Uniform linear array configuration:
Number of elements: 8
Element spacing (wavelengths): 0.75
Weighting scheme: exponential
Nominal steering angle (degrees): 45
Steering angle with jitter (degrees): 46.41
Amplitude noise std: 0.05
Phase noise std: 0.05

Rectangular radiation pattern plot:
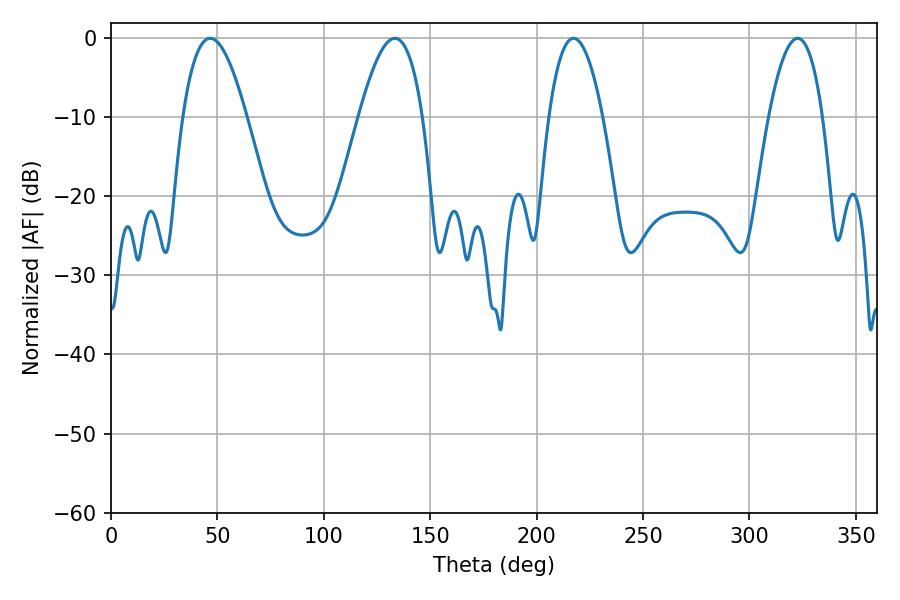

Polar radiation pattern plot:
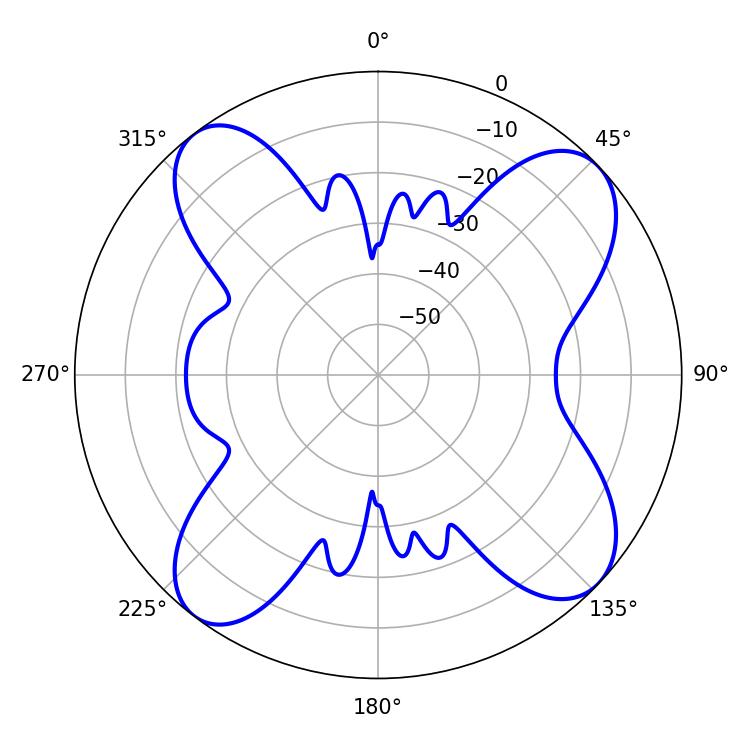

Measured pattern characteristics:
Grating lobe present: TRUE
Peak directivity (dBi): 11.744
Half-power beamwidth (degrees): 16.38
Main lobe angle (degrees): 46.62